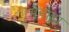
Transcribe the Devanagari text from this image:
मैनोह्ला